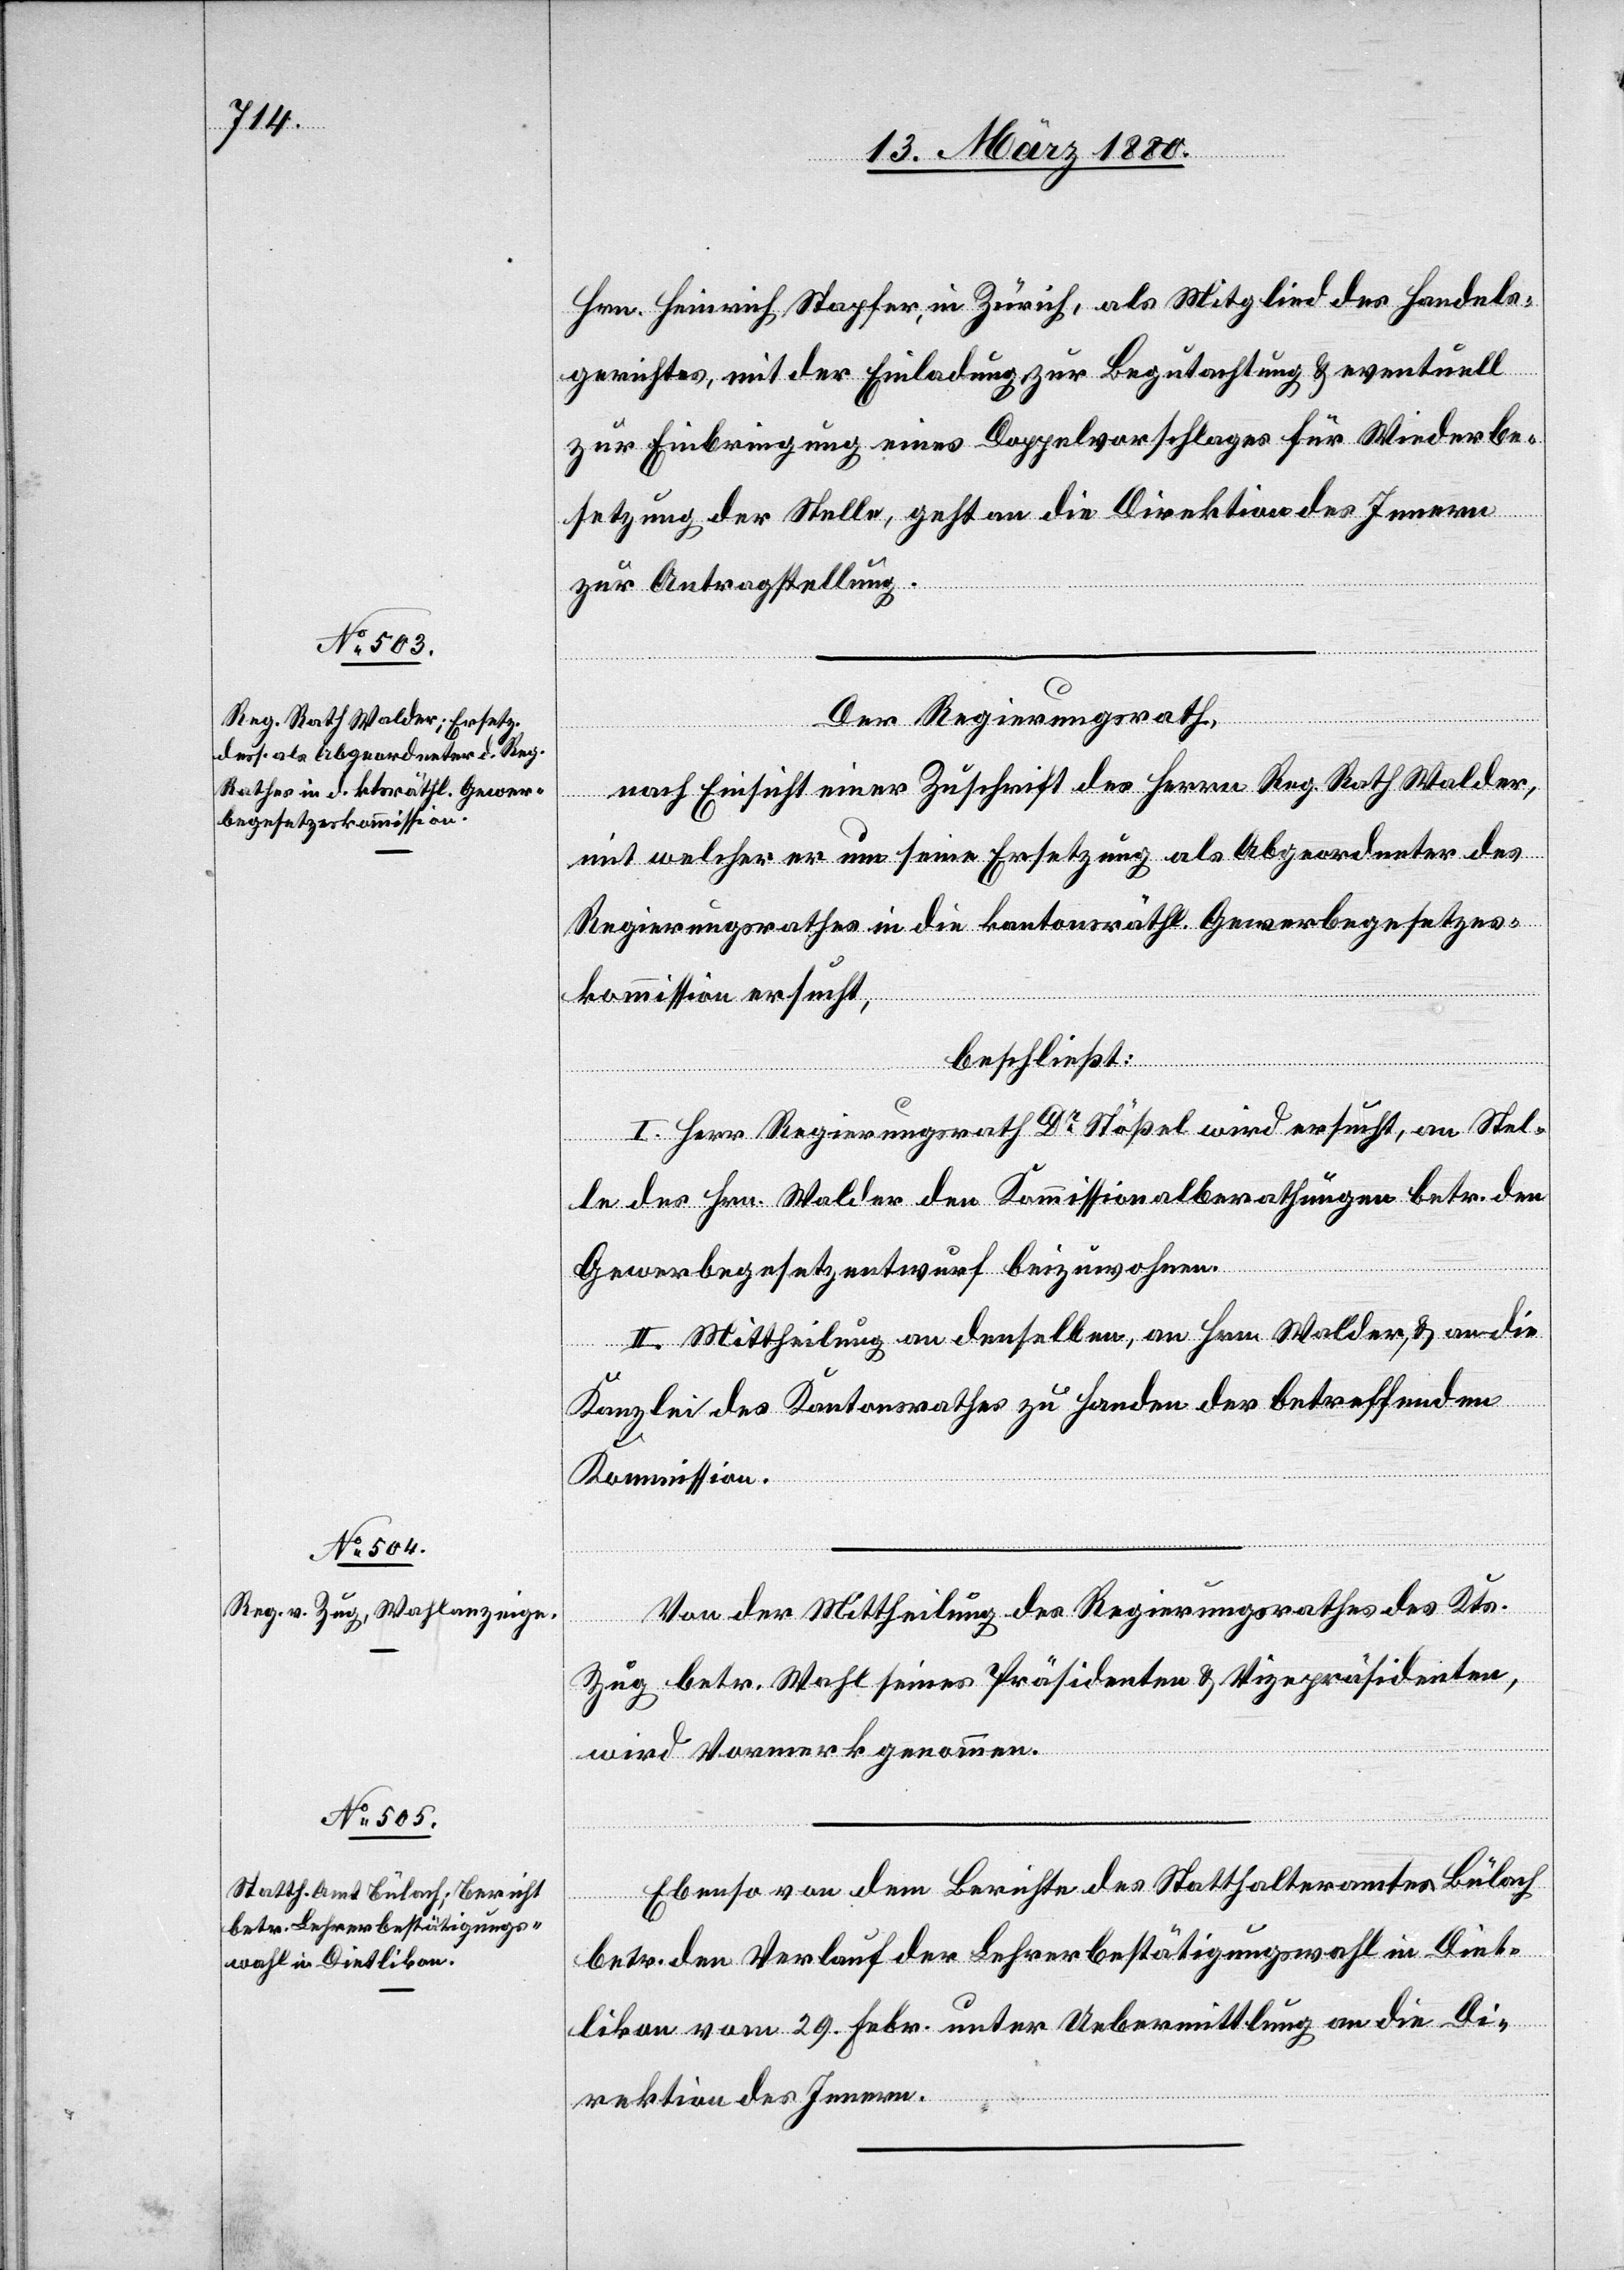
Hrn. Heinrich Stapfer, in Zürich, als Mitglied des Handels¬
gerichtes, mit der Einladung zur Begutachtung & eventuell
zur Einbringung eines Doppelvorschlages für Wiederbe¬
setzung der Stelle, geht an die Direktion des Innern
zur Antragstellung.
Der Regierungsrath,
nach Einsicht eines Antrages des Herrn. Reg. Rath Walder,
mit welcher er um seine Ersetzung als Abgeordneter des
Regierungsrathes in die kantonsräthl. Gewerbegesetzes¬
kommission ersucht,
beschließt:
I. Herr Regierungsrath Dr Stößel wird ersucht, an Stel¬
le des Hrn. Walder den Kommissionalberathungen betr. den
Gewerbegesetzentwurf beizuwohnen.
II. Mittheilung an denselben, an Hrn. Walder & an die
Kanzlei des Kantonsrathes zu Handen der betreffenden
Kommission.
Von der Mittheilung des Regierungsrathes des Kts.
Zug betr. Wahl seines Präsidenten & Vizepräsidenten
wird Vormerk genommen.
Ebenso von dem Berichte des Statthalteramtes Bülach
betr. den Verlauf der Lehrerbestätigungswahl in Diet¬
likon vom 29. Febr. unter Uebermittlung an die Di¬
rektion des Innern.